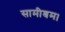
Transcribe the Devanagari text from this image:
सामीश्रम।